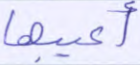
أعيبها